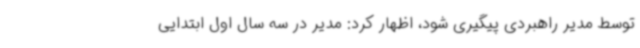
توسط مدیر راهبردی پیگیری شود، اظهار کرد: مدیر در سه سال اول ابتدایی